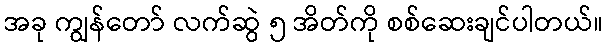
အခု ကျွန်တော် လက်ဆွဲ ၅ အိတ်ကို စစ်ဆေးချင်ပါတယ်။